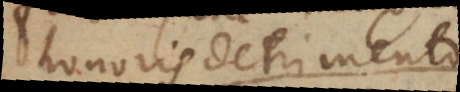
honoris detrimento;